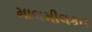
માલમીલકત